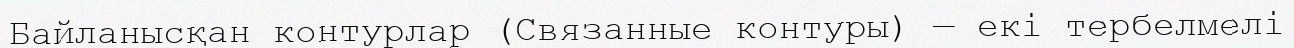
Байланысқан контурлар (Связанные контуры) — екі тербелмелі